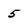
Character: 5